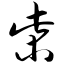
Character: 柴